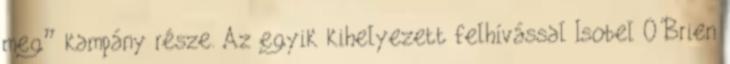
meg” kampány része. Az egyik kihelyezett felhívással Isobel O'Brien